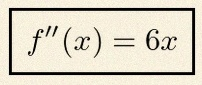
f''(x)=6x